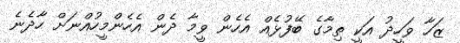
ޒަހާ ވަހީދު އަކީ ތިމާގެ ބޭފުޅެއް އެހެން ވީމާ ދެން އެހެންމީހުއްނަށް ހާދެނެ